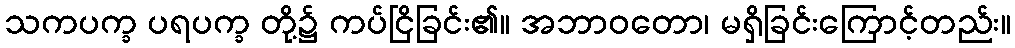
သကပက္ခ ပရပက္ခ တို့၌ ကပ်ငြိခြင်း၏။ အဘာဝတော၊ မရှိခြင်းကြောင့်တည်း။